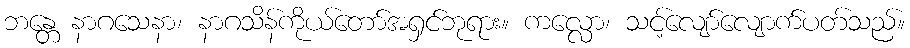
ဘန္တေ နာဂသေနာ၊ နာဂသိန်ကိုယ်တော်အရှင်ဘုရား။ ကလ္လော၊ သင့်လျော်လျောက်ပတ်သည်။